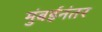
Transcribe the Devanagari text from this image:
मुंबईनंतर